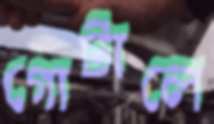
গোটালে